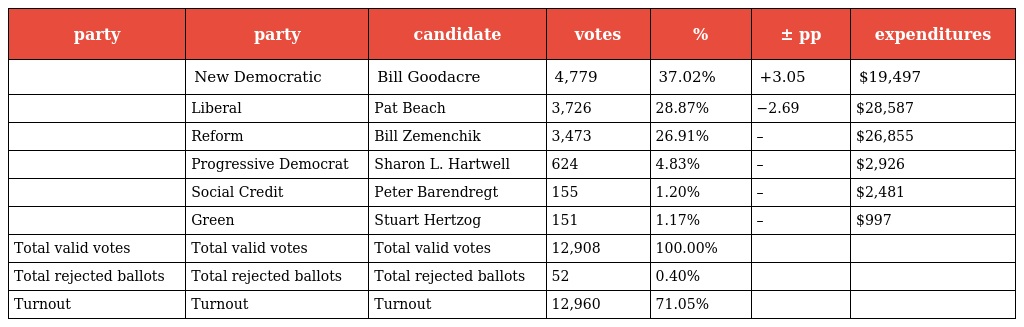
| party | party | candidate | votes | % | ± pp | expenditures |
 | --- | --- | --- | --- | --- | --- | --- |
 |  | New Democratic | Bill Goodacre | 4,779 | 37.02% | +3.05 | $19,497 |
 |  | Liberal | Pat Beach | 3,726 | 28.87% | −2.69 | $28,587 |
 |  | Reform | Bill Zemenchik | 3,473 | 26.91% | – | $26,855 |
 |  | Progressive Democrat | Sharon L. Hartwell | 624 | 4.83% | – | $2,926 |
 |  | Social Credit | Peter Barendregt | 155 | 1.20% | – | $2,481 |
 |  | Green | Stuart Hertzog | 151 | 1.17% | – | $997 |
 | Total valid votes | Total valid votes | Total valid votes | 12,908 | 100.00% |  |  |
 | Total rejected ballots | Total rejected ballots | Total rejected ballots | 52 | 0.40% |  |  |
 | Turnout | Turnout | Turnout | 12,960 | 71.05% |  |  |